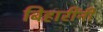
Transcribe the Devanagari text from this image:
बिहारींनी